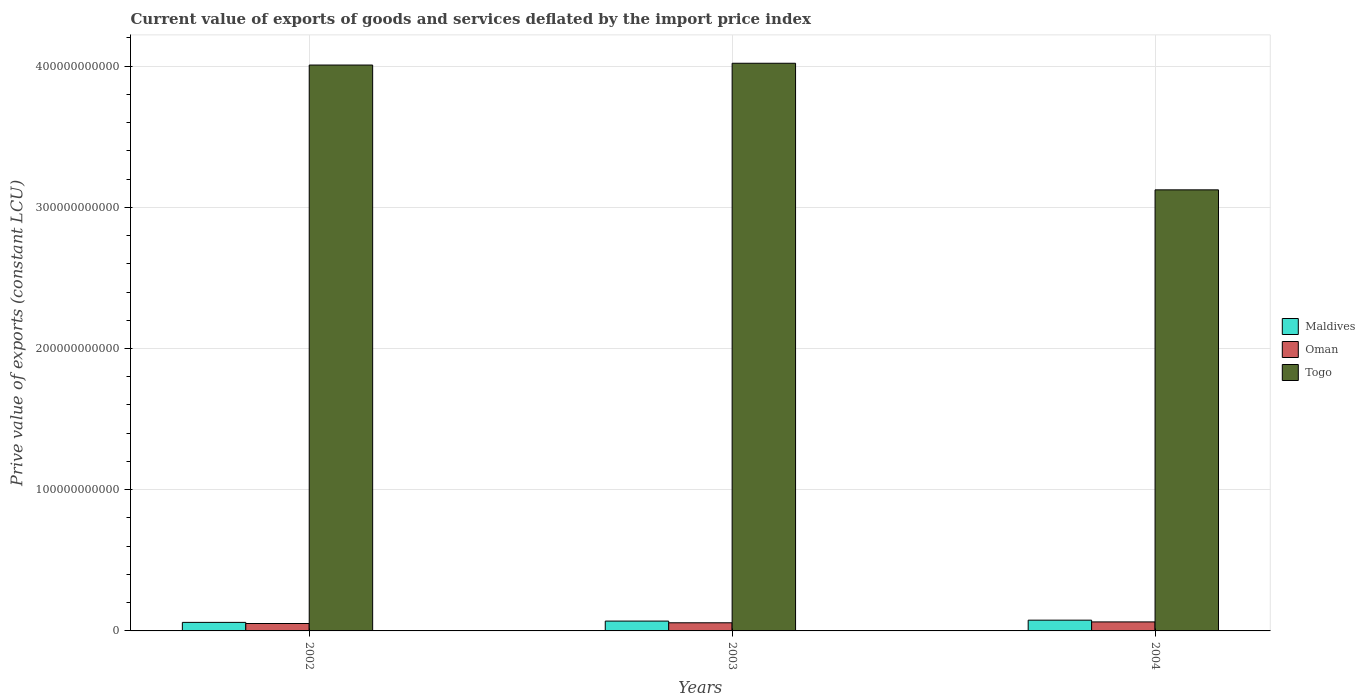
| Years | Maldives | Oman | Togo |
 | --- | --- | --- | --- |
 | 2002 | 6.05e+09 | 5.25e+09 | 4.01e+11 |
 | 2003 | 6.97e+09 | 5.76e+09 | 4.02e+11 |
 | 2004 | 7.61e+09 | 6.38e+09 | 3.12e+11 |